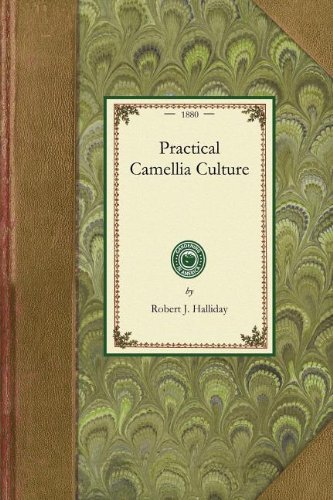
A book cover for Practical Camellia Culture: A Treatise on the Propagation and Culture of the Camellia Japonica (Gardening in America); Robert Halliday; Crafts, Hobbies & Home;